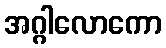
အဂ္ဂါလောကော